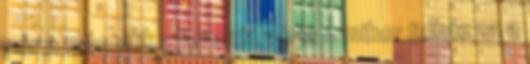
pár a második gyerekét várja – mikor felhúzza a